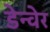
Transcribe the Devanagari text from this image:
डेन्वेर